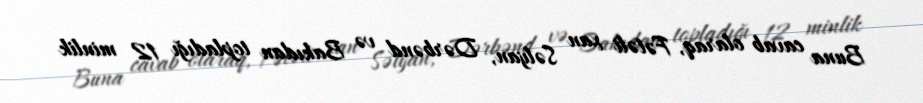
Buna cavab olaraq, Fətəli xan Səlyan, Dərbənd və Bakıdan topladığı 12 minlik